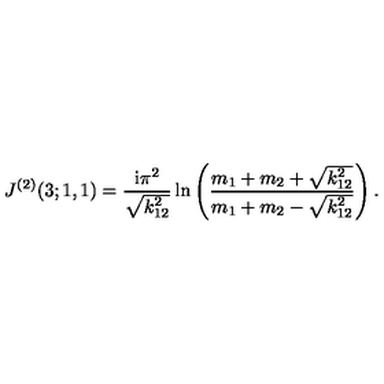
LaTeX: J ^ { ( 2 ) } ( 3 ; 1 , 1 ) = \frac { \mathrm { i } \pi ^ { 2 } } { \sqrt { k _ { 1 2 } ^ { 2 } } } \ln \left( \frac { m _ { 1 } + m _ { 2 } + \sqrt { k _ { 1 2 } ^ { 2 } } } { m _ { 1 } + m _ { 2 } - \sqrt { k _ { 1 2 } ^ { 2 } } } \right) .